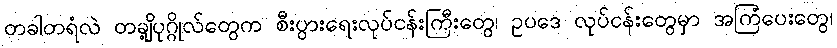
တခါတရံလဲ တချို့ပုဂ္ဂိုလ်တွေက စီးပွားရေးလုပ်ငန်းကြီးတွေ၊ ဥပဒေ လုပ်ငန်းတွေမှာ အကြံပေးတွေ၊